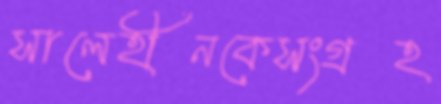
সালেহীনকেসংগ্রহ